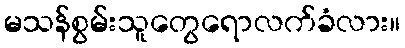
မသန်စွမ်းသူတွေရောလက်ခံလား။